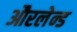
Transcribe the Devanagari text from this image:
औरलेन्ड